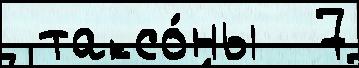
 таксо́ны  7